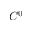
C ^ { 0 }